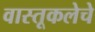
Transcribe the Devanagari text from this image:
वास्तूकलेचे